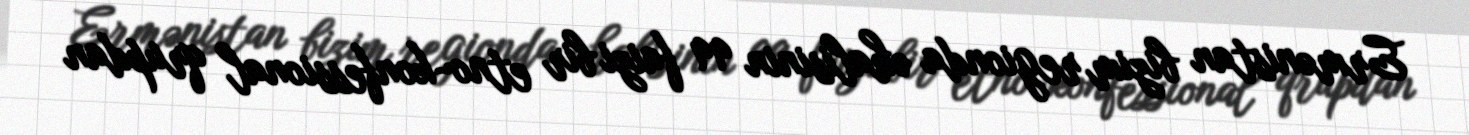
Ermənistan bizim regionda əhalisinin 99 faizi bir etno-konfessional qrupdan